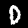
Digit: 0